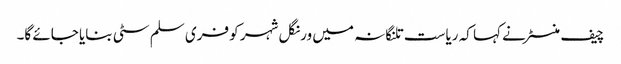
چیف منسٹر نے کہا کہ ریاست تلنگانہ میں ورنگل شہر کو فری سلم سٹی بنایا جائے گا۔